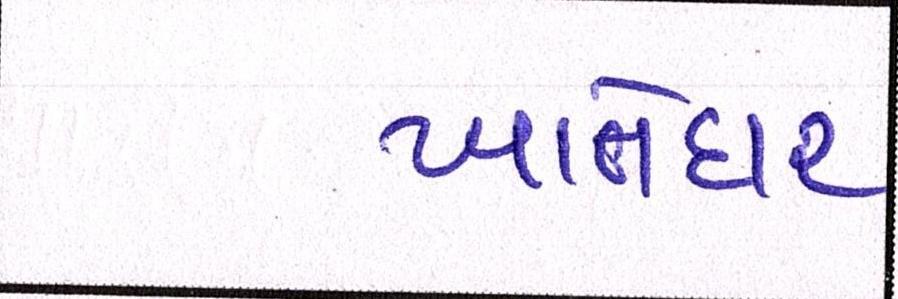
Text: ખાતેદાર